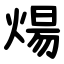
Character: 煬